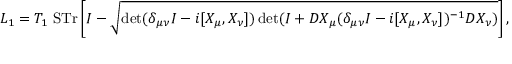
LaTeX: { \cal L } _ { 1 } = T _ { 1 } ~ \mathrm { S T r } \left[ I - \sqrt { \operatorname * { d e t } ( \delta _ { \mu \nu } I - i [ X _ { \mu } , X _ { \nu } ] ) \operatorname * { d e t } ( I + D X _ { \mu } ( \delta _ { \mu \nu } I - i [ X _ { \mu } , X _ { \nu } ] ) ^ { - 1 } D X _ { \nu } ) } \right] ,